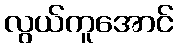
လွယ်ကူအောင်